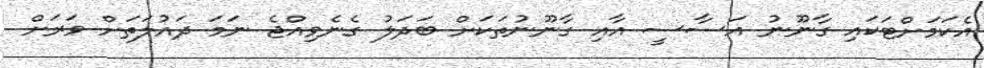
އެކަމަށްޓަކައި ގާނޫނު އަސާސީ އާއި ގާނޫނުތަކަށް ބަދަލު ގެނެވިއްޖެ ނަމަ ދައުލަތަށް ވަރަށް